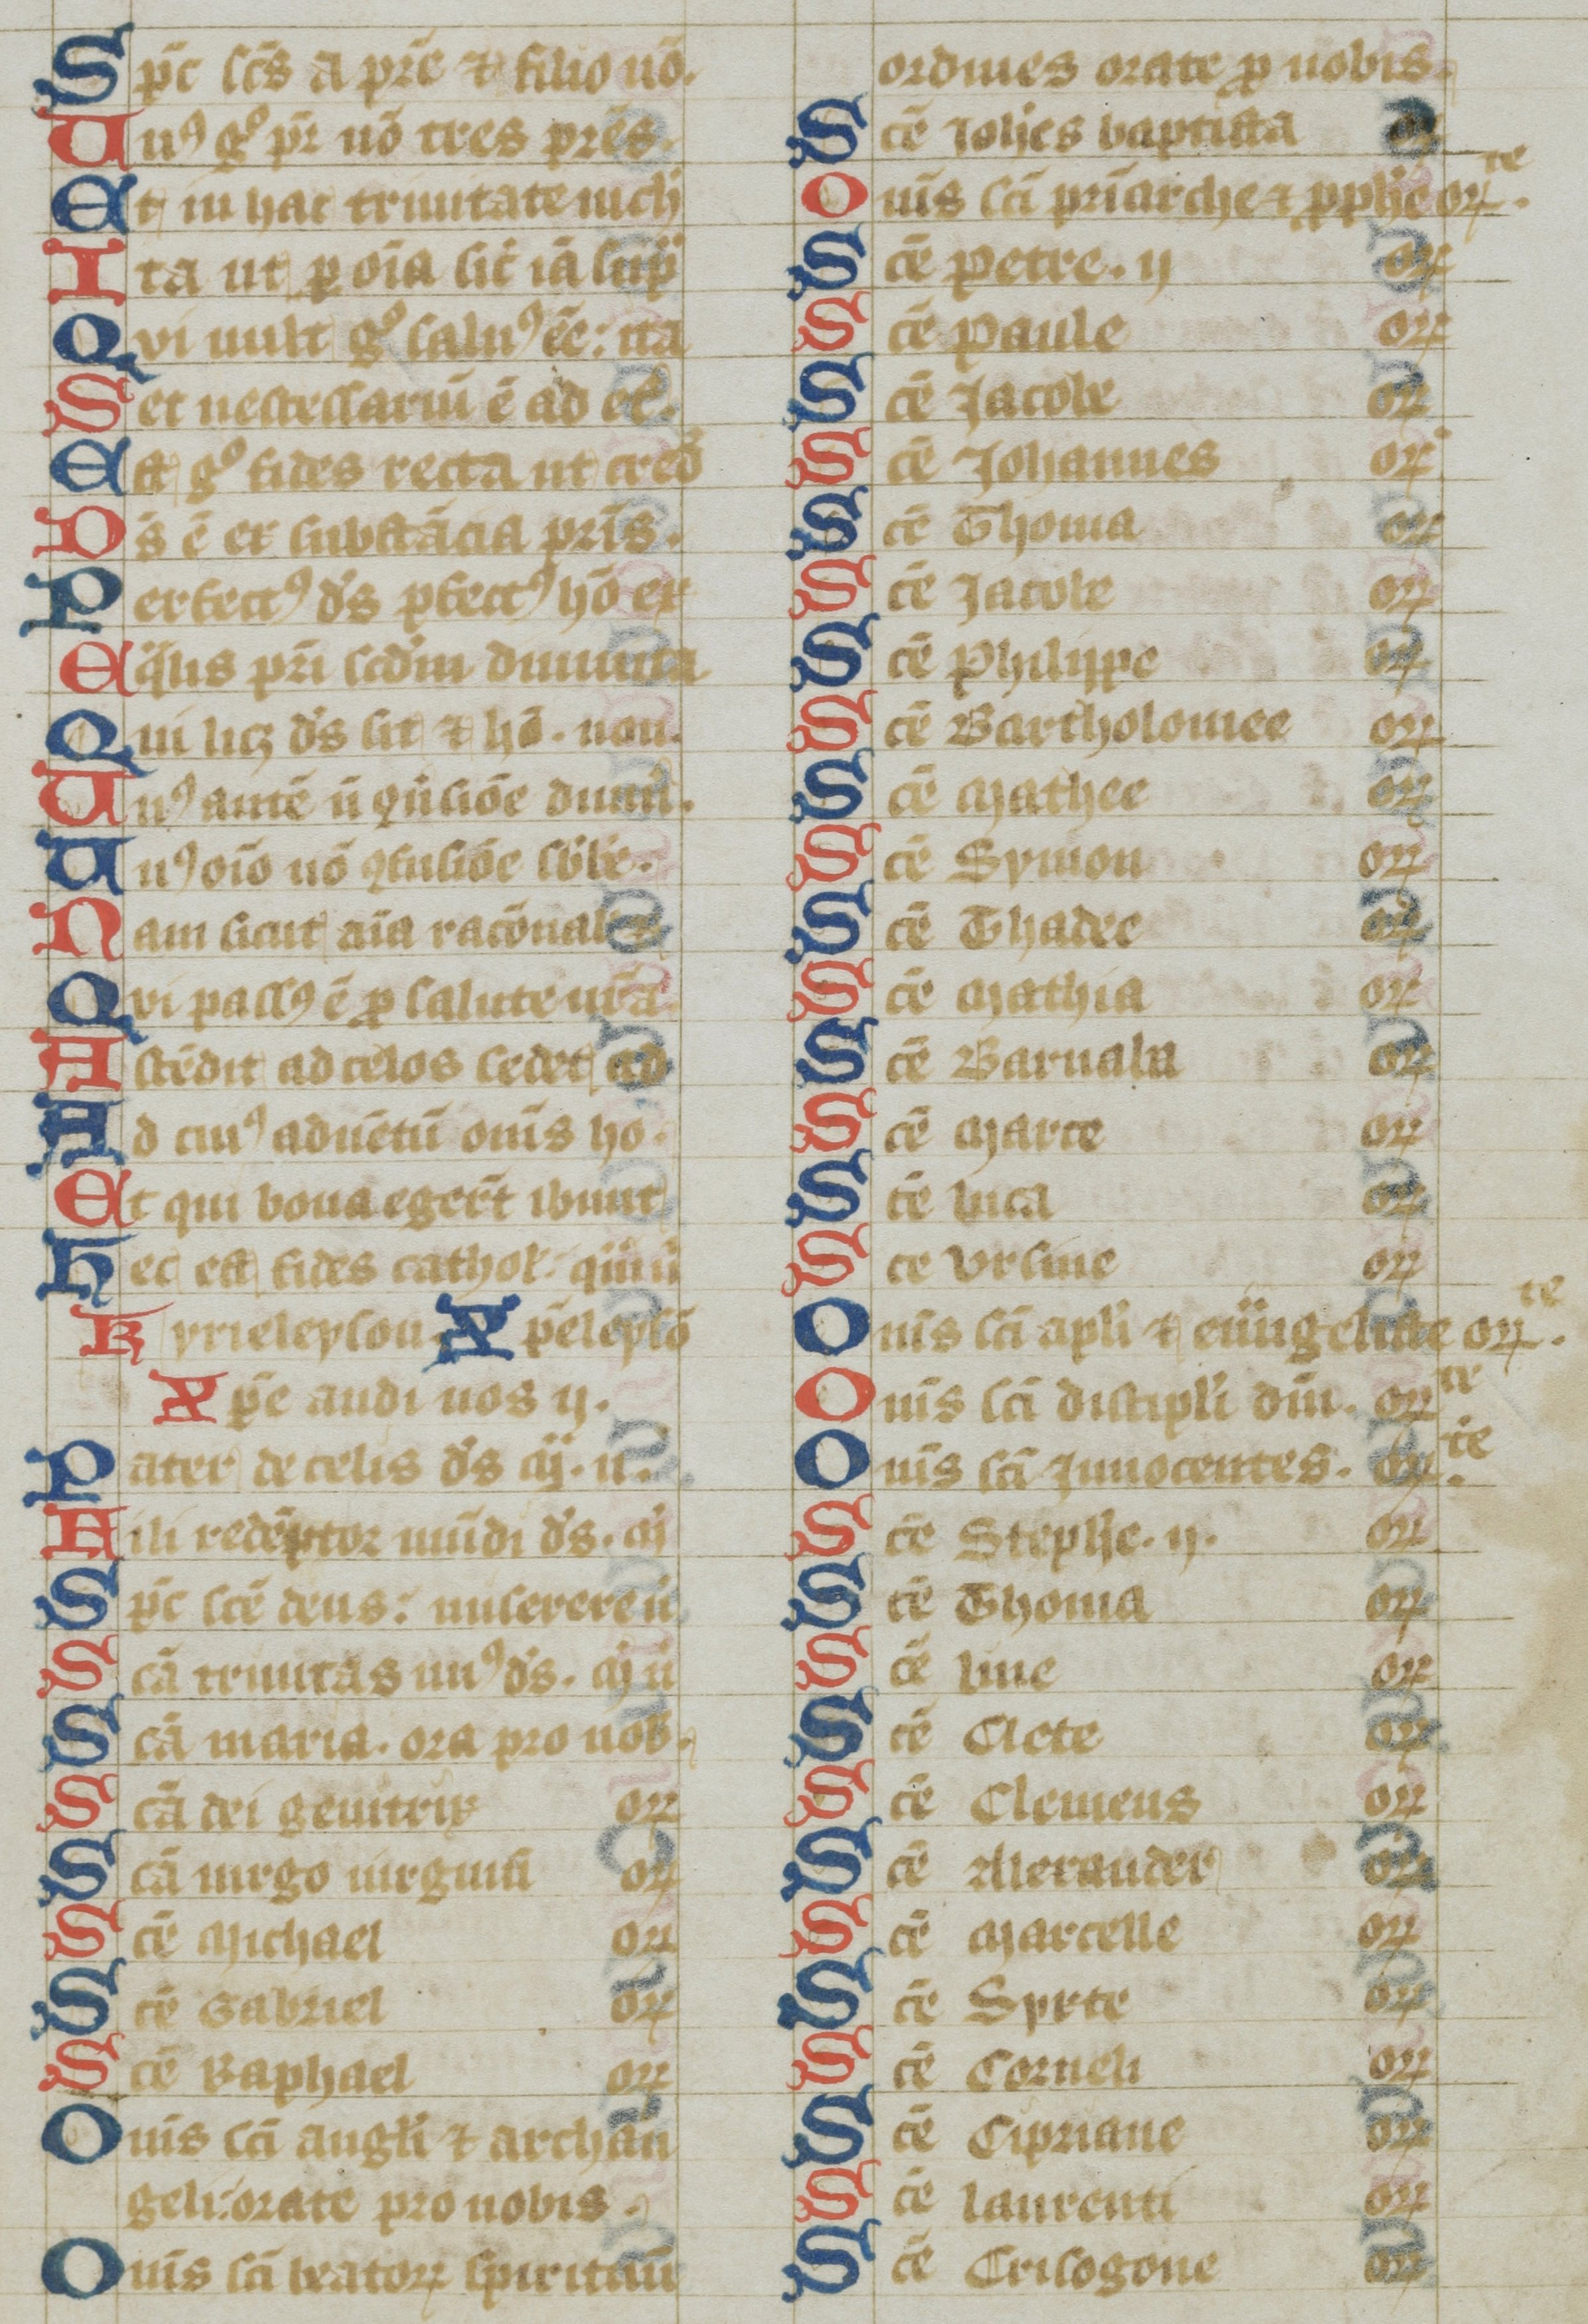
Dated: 1300–1399